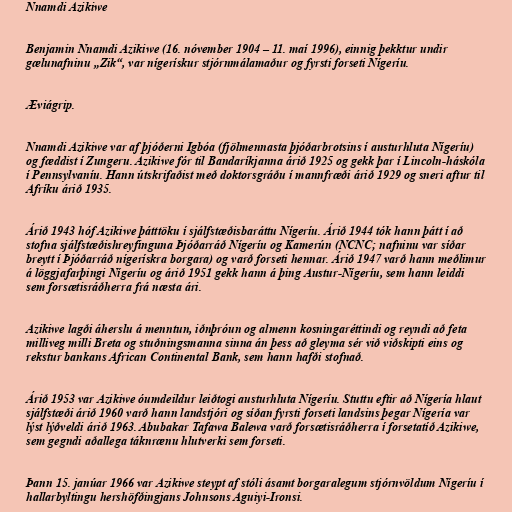
Nnamdi Azikiwe

Benjamin Nnamdi Azikiwe (16. nóvember 1904 – 11. maí 1996), einnig þekktur undir
gælunafninu „Zik“, var nígerískur stjórnmálamaður og fyrsti forseti Nígeríu.

Æviágrip.

Nnamdi Azikiwe var af þjóðerni Igbóa (fjölmennasta þjóðarbrotsins í austurhluta Nígeríu)
og fæddist í Zungeru. Azikiwe fór til Bandaríkjanna árið 1925 og gekk þar í Lincoln-háskóla
í Pennsylvaníu. Hann útskrifaðist með doktorsgráðu í mannfræði árið 1929 og sneri aftur til
Afríku árið 1935.

Árið 1943 hóf Azikiwe þátttöku í sjálfstæðisbaráttu Nígeríu. Árið 1944 tók hann þátt í að
stofna sjálfstæðishreyfinguna Þjóðarráð Nígeríu og Kamerún (NCNC; nafninu var síðar
breytt í Þjóðarráð nígerískra borgara) og varð forseti hennar. Árið 1947 varð hann meðlimur
á löggjafarþingi Nígeríu og árið 1951 gekk hann á þing Austur-Nígeríu, sem hann leiddi
sem forsætisráðherra frá næsta ári.

Azikiwe lagði áherslu á menntun, iðnþróun og almenn kosningaréttindi og reyndi að feta
milliveg milli Breta og stuðningsmanna sinna án þess að gleyma sér við viðskipti eins og
rekstur bankans African Continental Bank, sem hann hafði stofnað.

Árið 1953 var Azikiwe óumdeildur leiðtogi austurhluta Nígeríu. Stuttu eftir að Nígería hlaut
sjálfstæði árið 1960 varð hann landstjóri og síðan fyrsti forseti landsins þegar Nígería var
lýst lýðveldi árið 1963. Abubakar Tafawa Balewa varð forsætisráðherra í forsetatíð Azikiwe,
sem gegndi aðallega táknrænu hlutverki sem forseti.

Þann 15. janúar 1966 var Azikiwe steypt af stóli ásamt borgaralegum stjórnvöldum Nígeríu í
hallarbyltingu hershöfðingjans Johnsons Aguiyi-Ironsi.